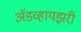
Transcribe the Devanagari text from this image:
अॅडव्हायझरी